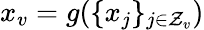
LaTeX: x_{v}=g(\{ x_{j}\} _{j\in\mathcal{Z}_{v}})